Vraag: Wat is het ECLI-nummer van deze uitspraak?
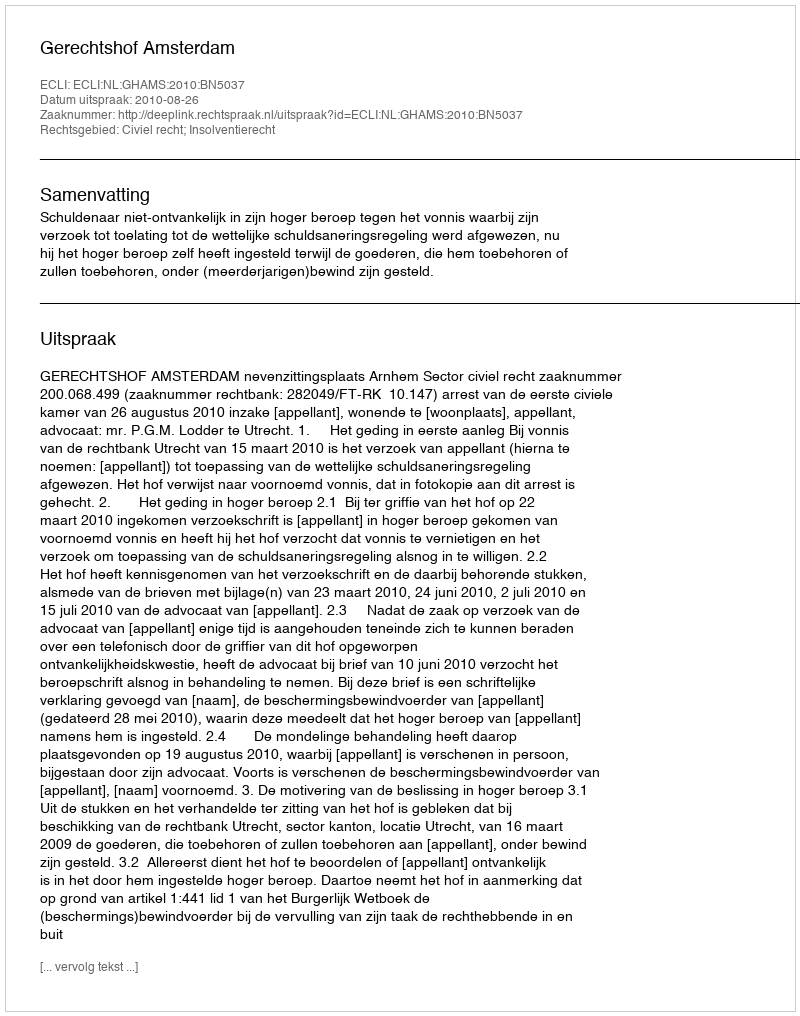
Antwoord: ECLI:NL:GHAMS:2010:BN5037